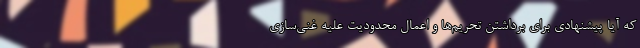
که آیا پیشنهادی برای برداشتن تحریم‌ها و اعمال محدودیت علیه غنی‌سازی